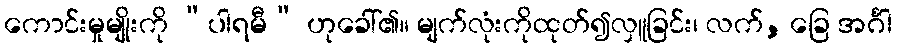
ကောင်းမှုမျိုးကို “ပါရမီ” ဟုခေါ်၏။ မျက်လုံးကိုထုတ်၍လှူခြင်း၊ လက်, ခြေ အင်္ဂါ